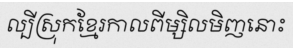
ល្បីស្រុកខ្មែរកាលពីម្សិលមិញនោះ